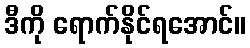
ဒီကို ရောက်နိုင်ရအောင်။